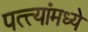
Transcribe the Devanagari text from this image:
पत्त्यांमध्ये